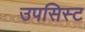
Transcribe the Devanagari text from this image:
उपसिस्ट